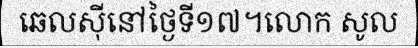
ឆេលស៊ីនៅថ្ងៃទី១៧។លោក សូល